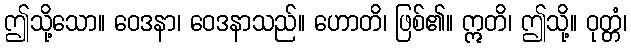
ဤသို့သော။ ဝေဒနာ၊ ဝေဒနာသည်။ ဟောတိ၊ ဖြစ်၏။ ဣတိ၊ ဤသို့။ ဝုတ္တံ၊